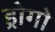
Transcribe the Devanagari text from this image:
ड्रोगो